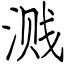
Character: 溅